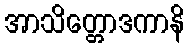
အာသိတ္တောဒကာနိ